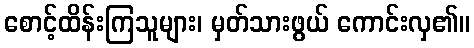
စောင့်ထိန်းကြသူများ၊ မှတ်သားဖွယ် ကောင်းလှ၏။